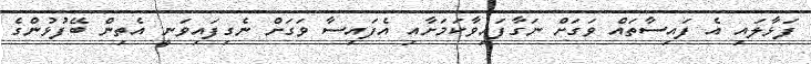
ފަޅާލައި އެ ފައިސާތައް ވަގަށް ނަގާފައިވާކަމަށާއި އެފައިސާ ވަގަށް ނެގިފައިވަނީ އެތިން ބޭފުޅުންގެ